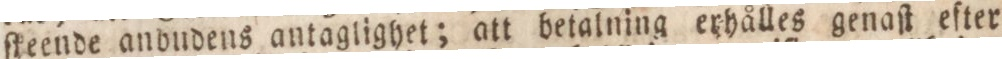
ſteende anbudens antaglighet; att betalning erhålles genaſt efter